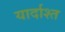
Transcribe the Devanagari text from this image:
यार्दाश्त